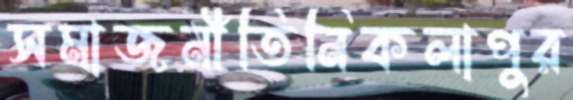
সমাজনীতিনিকলাপুর